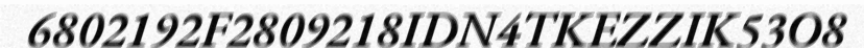
6802192F2809218IDN4TKEZZIK53O8